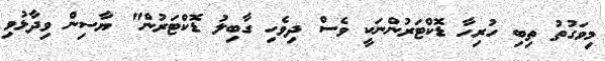
މިވަގުތު ތިބި ހުރިހާ ޑޮކްޓަރުންނަކީ ވެސް ދިވެހި ގާބިލު ޑޮކްޓަރުން" ޔާސިން ވިދާޅުވި